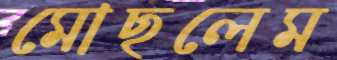
মোছলেম